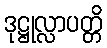
ဒုဋ္ဌုလ္လာပတ္တိ